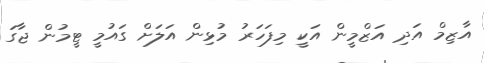
އާޒިމް އަދި އަޒްމީން އަކީ މިފަހަރު މުޅިން އަލަށް ގައުމީ ޓީމުން ޖާގަ